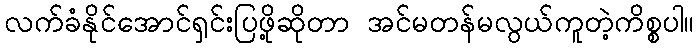
လက်ခံနိုင်အောင်ရှင်းပြဖို့ဆိုတာ အင်မတန်မလွယ်ကူတဲ့ကိစ္စပါ။